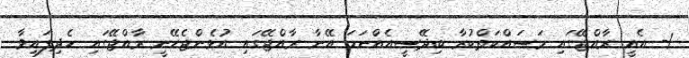
1- އެއީ ރާއްޖޭގައި މަސައްކަތްކުރާ ބިދޭސީއެއްނަމަ އޭނާ ރާއްޖޭގައި އުޅެންޖެހޭނީ ރާއްޖޭގައި ހެދިފައިވާ